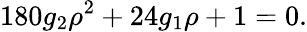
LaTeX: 180g_{2}{\rho}^{2}+24g_{1}\rho+1=0.